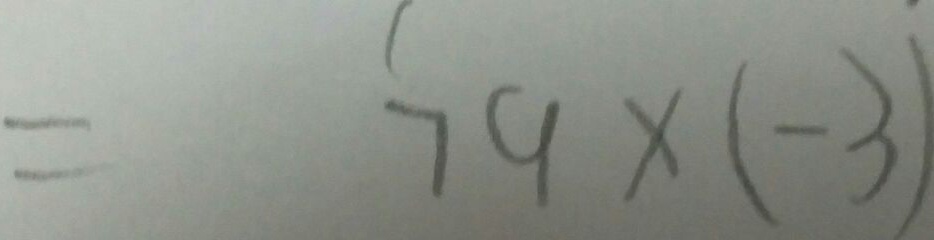
= 7 9 \times ( - 3 )